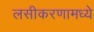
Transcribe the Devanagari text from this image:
लसीकरणामध्ये